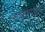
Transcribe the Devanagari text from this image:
लाकटका